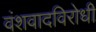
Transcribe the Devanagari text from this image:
वंशवादविरोधी